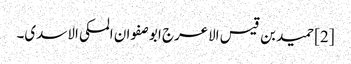
[2] حمید بن قیس الاعرج ابو صفوان المکی الاسدی۔